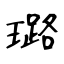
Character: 璐